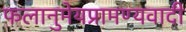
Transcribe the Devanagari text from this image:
फलानुमेयप्रामण्यवादी